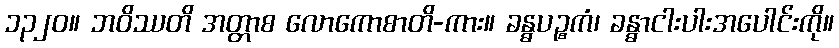
၁၃၂၀။ ဘဝိဿတိ အတ္တာစ လောကောစာတိ-ကား။ ခန္ဓပဉ္စကံ၊ ခန္ဓာငါးပါးအပေါင်းကို။